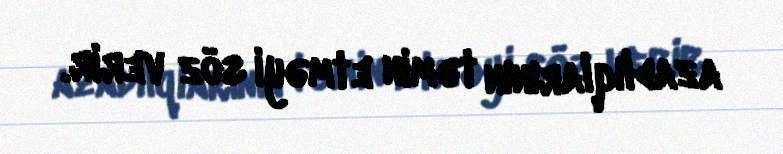
azadlıqlarının təmin etməyi söz verir.